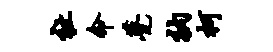
祉命甍衲柯